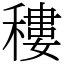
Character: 䅹